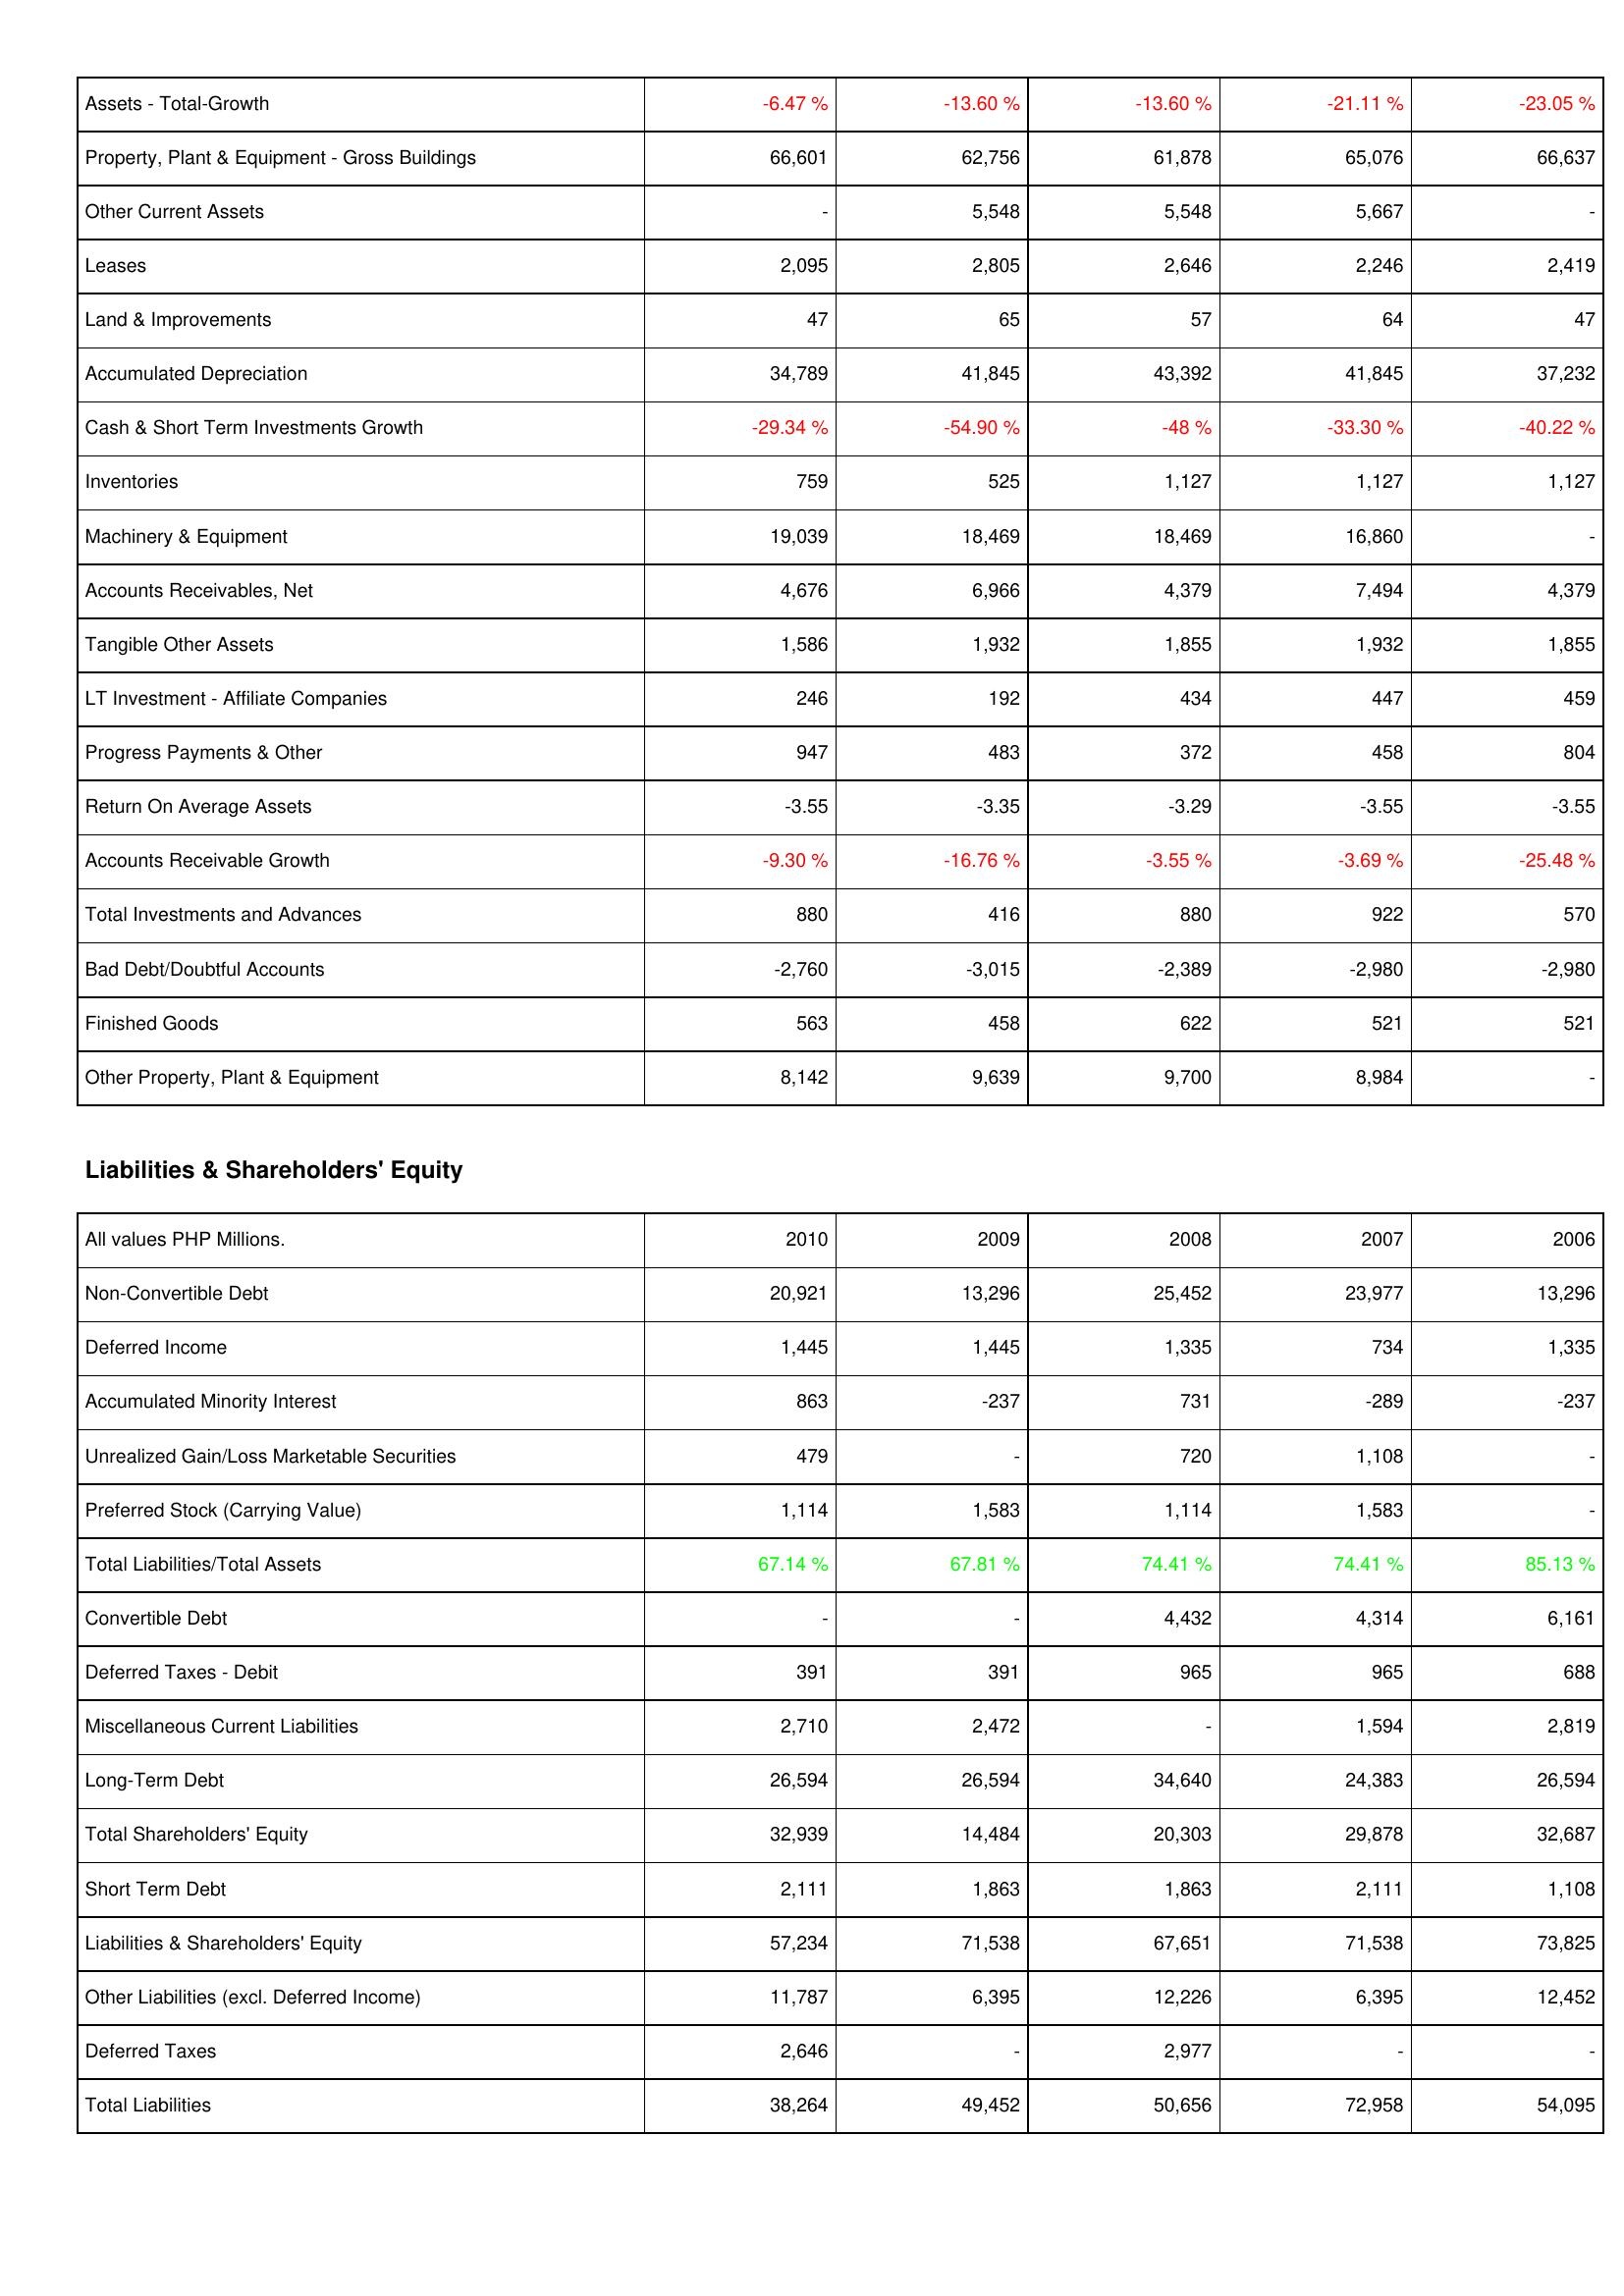
2010: Assets: Assets - Total-Growth: -6.47 %
Property, Plant & Equipment - Gross Buildings: 66,601
Other Current Assets: -
Leases: 2,095
Land & Improvements: 47
Accumulated Depreciation: 34,789
Cash & Short Term Investments Growth: -29.34 %
Inventories: 759
Machinery & Equipment: 19,039
Accounts Receivables, Net: 4,676
Tangible Other Assets: 1,586
LT Investment - Affiliate Companies: 246
Progress Payments & Other: 947
Return On Average Assets: -3.55
Accounts Receivable Growth: -9.30 %
Total Investments and Advances: 880
Bad Debt/Doubtful Accounts: -2,760
Finished Goods: 563
Other Property, Plant & Equipment: 8,142
Liabilities & Shareholders' Equity: Non-Convertible Debt: 20,921
Deferred Income: 1,445
Accumulated Minority Interest: 863
Unrealized Gain/Loss Marketable Securities: 479
Preferred Stock (Carrying Value): 1,114
Total Liabilities/Total Assets: 67.14 %
Convertible Debt: -
Deferred Taxes - Debit: 391
Miscellaneous Current Liabilities: 2,710
Long-Term Debt: 26,594
Total Shareholders' Equity: 32,939
Short Term Debt: 2,111
Liabilities & Shareholders' Equity: 57,234
Other Liabilities (excl. Deferred Income): 11,787
Deferred Taxes: 2,646
Total Liabilities: 38,264
2009: Assets: Assets - Total-Growth: -13.60 %
Property, Plant & Equipment - Gross Buildings: 62,756
Other Current Assets: 5,548
Leases: 2,805
Land & Improvements: 65
Accumulated Depreciation: 41,845
Cash & Short Term Investments Growth: -54.90 %
Inventories: 525
Machinery & Equipment: 18,469
Accounts Receivables, Net: 6,966
Tangible Other Assets: 1,932
LT Investment - Affiliate Companies: 192
Progress Payments & Other: 483
Return On Average Assets: -3.35
Accounts Receivable Growth: -16.76 %
Total Investments and Advances: 416
Bad Debt/Doubtful Accounts: -3,015
Finished Goods: 458
Other Property, Plant & Equipment: 9,639
Liabilities & Shareholders' Equity: Non-Convertible Debt: 13,296
Deferred Income: 1,445
Accumulated Minority Interest: -237
Unrealized Gain/Loss Marketable Securities: -
Preferred Stock (Carrying Value): 1,583
Total Liabilities/Total Assets: 67.81 %
Convertible Debt: -
Deferred Taxes - Debit: 391
Miscellaneous Current Liabilities: 2,472
Long-Term Debt: 26,594
Total Shareholders' Equity: 14,484
Short Term Debt: 1,863
Liabilities & Shareholders' Equity: 71,538
Other Liabilities (excl. Deferred Income): 6,395
Deferred Taxes: -
Total Liabilities: 49,452
2008: Assets: Assets - Total-Growth: -13.60 %
Property, Plant & Equipment - Gross Buildings: 61,878
Other Current Assets: 5,548
Leases: 2,646
Land & Improvements: 57
Accumulated Depreciation: 43,392
Cash & Short Term Investments Growth: -48 %
Inventories: 1,127
Machinery & Equipment: 18,469
Accounts Receivables, Net: 4,379
Tangible Other Assets: 1,855
LT Investment - Affiliate Companies: 434
Progress Payments & Other: 372
Return On Average Assets: -3.29
Accounts Receivable Growth: -3.55 %
Total Investments and Advances: 880
Bad Debt/Doubtful Accounts: -2,389
Finished Goods: 622
Other Property, Plant & Equipment: 9,700
Liabilities & Shareholders' Equity: Non-Convertible Debt: 25,452
Deferred Income: 1,335
Accumulated Minority Interest: 731
Unrealized Gain/Loss Marketable Securities: 720
Preferred Stock (Carrying Value): 1,114
Total Liabilities/Total Assets: 74.41 %
Convertible Debt: 4,432
Deferred Taxes - Debit: 965
Miscellaneous Current Liabilities: -
Long-Term Debt: 34,640
Total Shareholders' Equity: 20,303
Short Term Debt: 1,863
Liabilities & Shareholders' Equity: 67,651
Other Liabilities (excl. Deferred Income): 12,226
Deferred Taxes: 2,977
Total Liabilities: 50,656
2007: Assets: Assets - Total-Growth: -21.11 %
Property, Plant & Equipment - Gross Buildings: 65,076
Other Current Assets: 5,667
Leases: 2,246
Land & Improvements: 64
Accumulated Depreciation: 41,845
Cash & Short Term Investments Growth: -33.30 %
Inventories: 1,127
Machinery & Equipment: 16,860
Accounts Receivables, Net: 7,494
Tangible Other Assets: 1,932
LT Investment - Affiliate Companies: 447
Progress Payments & Other: 458
Return On Average Assets: -3.55
Accounts Receivable Growth: -3.69 %
Total Investments and Advances: 922
Bad Debt/Doubtful Accounts: -2,980
Finished Goods: 521
Other Property, Plant & Equipment: 8,984
Liabilities & Shareholders' Equity: Non-Convertible Debt: 23,977
Deferred Income: 734
Accumulated Minority Interest: -289
Unrealized Gain/Loss Marketable Securities: 1,108
Preferred Stock (Carrying Value): 1,583
Total Liabilities/Total Assets: 74.41 %
Convertible Debt: 4,314
Deferred Taxes - Debit: 965
Miscellaneous Current Liabilities: 1,594
Long-Term Debt: 24,383
Total Shareholders' Equity: 29,878
Short Term Debt: 2,111
Liabilities & Shareholders' Equity: 71,538
Other Liabilities (excl. Deferred Income): 6,395
Deferred Taxes: -
Total Liabilities: 72,958
2006: Assets: Assets - Total-Growth: -23.05 %
Property, Plant & Equipment - Gross Buildings: 66,637
Other Current Assets: -
Leases: 2,419
Land & Improvements: 47
Accumulated Depreciation: 37,232
Cash & Short Term Investments Growth: -40.22 %
Inventories: 1,127
Machinery & Equipment: -
Accounts Receivables, Net: 4,379
Tangible Other Assets: 1,855
LT Investment - Affiliate Companies: 459
Progress Payments & Other: 804
Return On Average Assets: -3.55
Accounts Receivable Growth: -25.48 %
Total Investments and Advances: 570
Bad Debt/Doubtful Accounts: -2,980
Finished Goods: 521
Other Property, Plant & Equipment: -
Liabilities & Shareholders' Equity: Non-Convertible Debt: 13,296
Deferred Income: 1,335
Accumulated Minority Interest: -237
Unrealized Gain/Loss Marketable Securities: -
Preferred Stock (Carrying Value): -
Total Liabilities/Total Assets: 85.13 %
Convertible Debt: 6,161
Deferred Taxes - Debit: 688
Miscellaneous Current Liabilities: 2,819
Long-Term Debt: 26,594
Total Shareholders' Equity: 32,687
Short Term Debt: 1,108
Liabilities & Shareholders' Equity: 73,825
Other Liabilities (excl. Deferred Income): 12,452
Deferred Taxes: -
Total Liabilities: 54,095